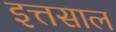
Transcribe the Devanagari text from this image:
इत्तसाल